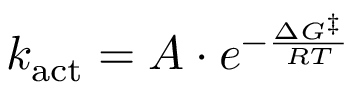
k _ { \mathrm { a c t } } = A \cdot e ^ { - { \frac { \Delta G ^ { \ddagger } } { R T } } }